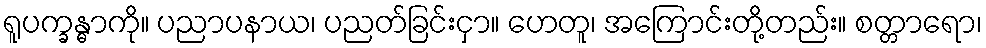
ရူပက္ခန္ဓာကို။ ပညာပနာယ၊ ပညတ်ခြင်းငှာ။ ဟေတူ၊ အကြောင်းတို့တည်း။ စတ္တာရော၊